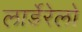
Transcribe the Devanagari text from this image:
लार्डेरेलो